Indian journal of veterinary science and animal husbandry - Volume 6,
Year: 1936
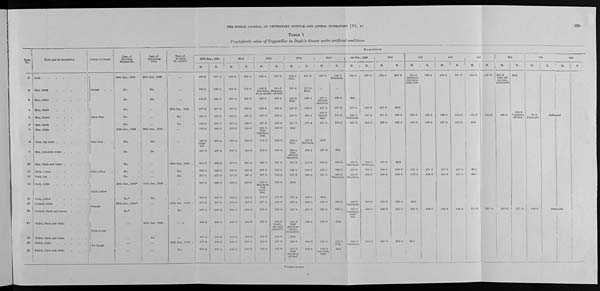
328
THE INDIAN JOURNAL OF VETERINARY SCIENCE AND ANIMAL HUSBANDRY [VI, IV
TABLE 1
Prophylactic value of Trypanblue in Doyle's disease under artificial conditions
Serial
No.
1
2
3
4
5
6
7
8
9
10
11
12
13
14
15
16
17
18
19
20
Fowl and its description
Cock . . . . . . .
Hen, black . . . . .
Hen, white . . . . .
Hen, white . . . . .
Hen, brown . . . . .
Hen, black . . . . .
Hen, white
.
.
.
.
.
Cock,
big white
Hen, yellowish white .
.
.
.
Hen, black and white .
.
.
.
Cock, brown
.
.
.
.
.
Cock, big . . . . . .
Cock, white . . . . .
Cock, yellow . . . . .
Cockrel, white
Cockrel, black and brown . . .
Pullet, black and white
.
.
.
Pullet, black and white
.
.
.
Pullet, white
Pullet, black and white
.
.
.
Colour of bangle
Purple . .
Dark blue .
Pale blue . .
Pale yellow .
Dark yellow
Orange
Pink or red
No bangle
Date of
injecting
trypanblue
19th Jan., 1936 .
Do. .
Do. .
Do. .
Do. .
Do. .
25th Jan., 1936 .
Do. .
Do. .
Do. .
Do. .
Do. .
26th Jan., 1936* .
Do.* .
27th Jan., 1936* .
Do.* .
...
...
...
...
Date of
injecating
virus
26th Jan., 1936 .
Do. .
Do. .
...
...
...
26th Jan., 1936 .
Do. .
Do.
.
...
...
...
26th Jan., 1936 .
Do. .
...
...
26th Jan., 1936 .
Do. .
...
...
Date of
keeping
in contact
...
...
...
26th Jan., 1936 .
Do. .
Do. .
...
...
...
26th Jan., 1936 .
Do. .
Do. .
...
...
27th Jan., 1936 .
Do. .
...
...
26th Jan., 1936 .
Do. .
Reaction
27th Jan., 1936
M.
109.0
108.4
106.8
107.4
108.0
108.0
106.4
109.2
Comb
red.
107.8
105.8
106.4
107.4
107.0
108.0
107.4
107.4
108.4
107.4
107.4
108.2
E.
107.8
108.4
106.8
107.2
107.0
107.0
106.0
107.4
107.2
106.2
106.6
107.0
108.2
107.0
107.2
106.6
108.4
108.8
106.6
107.4
28th
M.
108.8
109.4
107.4
107.4
108.0
107.4
108.2
108.4
108.0
107.2
108.6
107.0
109.0
108.4
108.0
108.2
108.0
110.2
108.4
109.2
E.
108.0
110.0
109.0
106.8
107.2
108.0
1100
109.0
108.0
103.4
109.2
107.4
110.0
110.4
107.8
108.4
109.0
109.0
108.4
106.8
29th
M.
109.4
110.2
Diarrhœa,
from mouth,
109.0
106.6
107.2
107.8
103.2
diarrhœa
Dull.
110.2
110.8
106.6
108.2
107.6
108.8
Diarrhœa
Dull
comb
blue.
110.6
107.6
109.0
109.6
110.2
108.2
109.8
E.
109.2
110.0
off-feed.
108.6
106.8
108.4
109.0
108.0
109.2
109.0
107.6
108.8
108.4
109.0
108.6
108.0
108.0
109.6
Comb.
dry and
cyanotic.
108.6
107.6
108.6
30th
M.
108.4
Dull.
107.8
109.2
Dull.
107.2
107.8
107.8
died
109.0
Dull.
109.4
Dull
off-feed
diarrhœa.
107.8
108.0
107.6
died
109.4
107.4
107.8
110.2
Dull
diarrhœa
drinks
frequently. died
108.0
110.2
Dull
diarrhœa
off-feed.
E.
107.2
107.0
Died.
108.4
106.0
106.4
107.4
107.8
Diarrhœa.
108.2
107.8
108.0
106.2
108.4
105.6
107.0
109.4
106.0
108.6
31st
M.
107.0
...
107.4
Off-feed
diarrhœa 107.4
108.0
Laying
eggs.
107.4
died
107.8
109.6
108.4
107.8
died
109.0
109.0
101.8
108.0
103.2
extremely
Dull.
E.
108.8
Diarrhœa.
...
109.0
107.8
107.8
109.0
died
109.4
109.2
108.2
Diarrhœa.
109.6
109.4
died
108.2
Sick.
died
1st Feb., 1936
M.
106.0
died
107.4
Diarrhœa.
108.2
109.2
Diarrhœa.
108.0
108.2
Diarrhœa.
109.2
Diarrhœa.
109.8
Diarrhœa
comb
pale.
199.0
Diarrhœa.
E.
108.2
108.0
107.4
108.6
108.8
Diarrhœa.
108.8
109.2
109.2
109.8
110.2
2nd
M
103.4
107.0
107.2
109.0
105.0
108.8
108.8
109.2
109.0
107.6
E.
106.4
died
108.8
109.4
died
109.8
109.0
108.4
109.0
108.8
3rd
M.
104.4
Diarrhœa
discharge
from nose.
108.6
109.0
110.4
109.0
died
108.6
died
E.
106.4
109.2
108.4
111.6
108.6
109.0
4th
M.
106.8
109.0
107.6
107.6
106.0
108.6
E.
107.0
100.0
108.0
107.4
110.0
108.6
5th
M.
104.2
110.0
died
died
died
105.8
E.
107.8
100.0
107.4
6th
M.
104.8
Lost one
eye con-
junctivitis.
106.4
107.2
E.
died
108.8
Vomition
off-feed.
107.2
7th
M.
95.0
Paralysis.
108.0
E.
8th
M.
destroyed
destroyed.
E.
* Intravenously